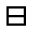
\boxminus